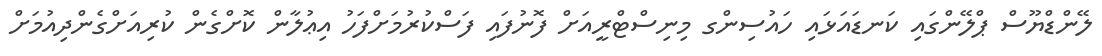
ލޭންޑްޔޫސް ޕްލޭންގައި ކަނޑައަޅައި ހައުސިންގ މިނިސްޓްރީއަށް ފޮނުފައި ފަސްކުރުމަށްފަހު އިޢުލާން ކޮށްގެން ކުރިއަށްގެންދިއުމަށް